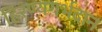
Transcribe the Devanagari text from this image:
हिरण्यगर्भदान